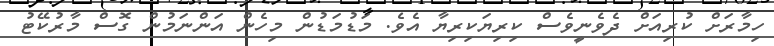
ހިމާރަށް ކުރިއަށް ދެވެނީވެސް ކިރިޔަކިރިޔާ އެވެ. މަޑުމަޑުން މިހެން އަންނަމުން ގޮސް މާރުކޭޓު